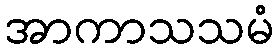
အာကာသသမံ